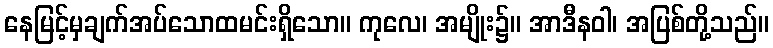
နေမြင့်မှချက်အပ်သောထမင်းရှိသော။ ကုလေ၊ အမျိုး၌။ အာဒီနဝါ၊ အပြစ်တို့သည်။